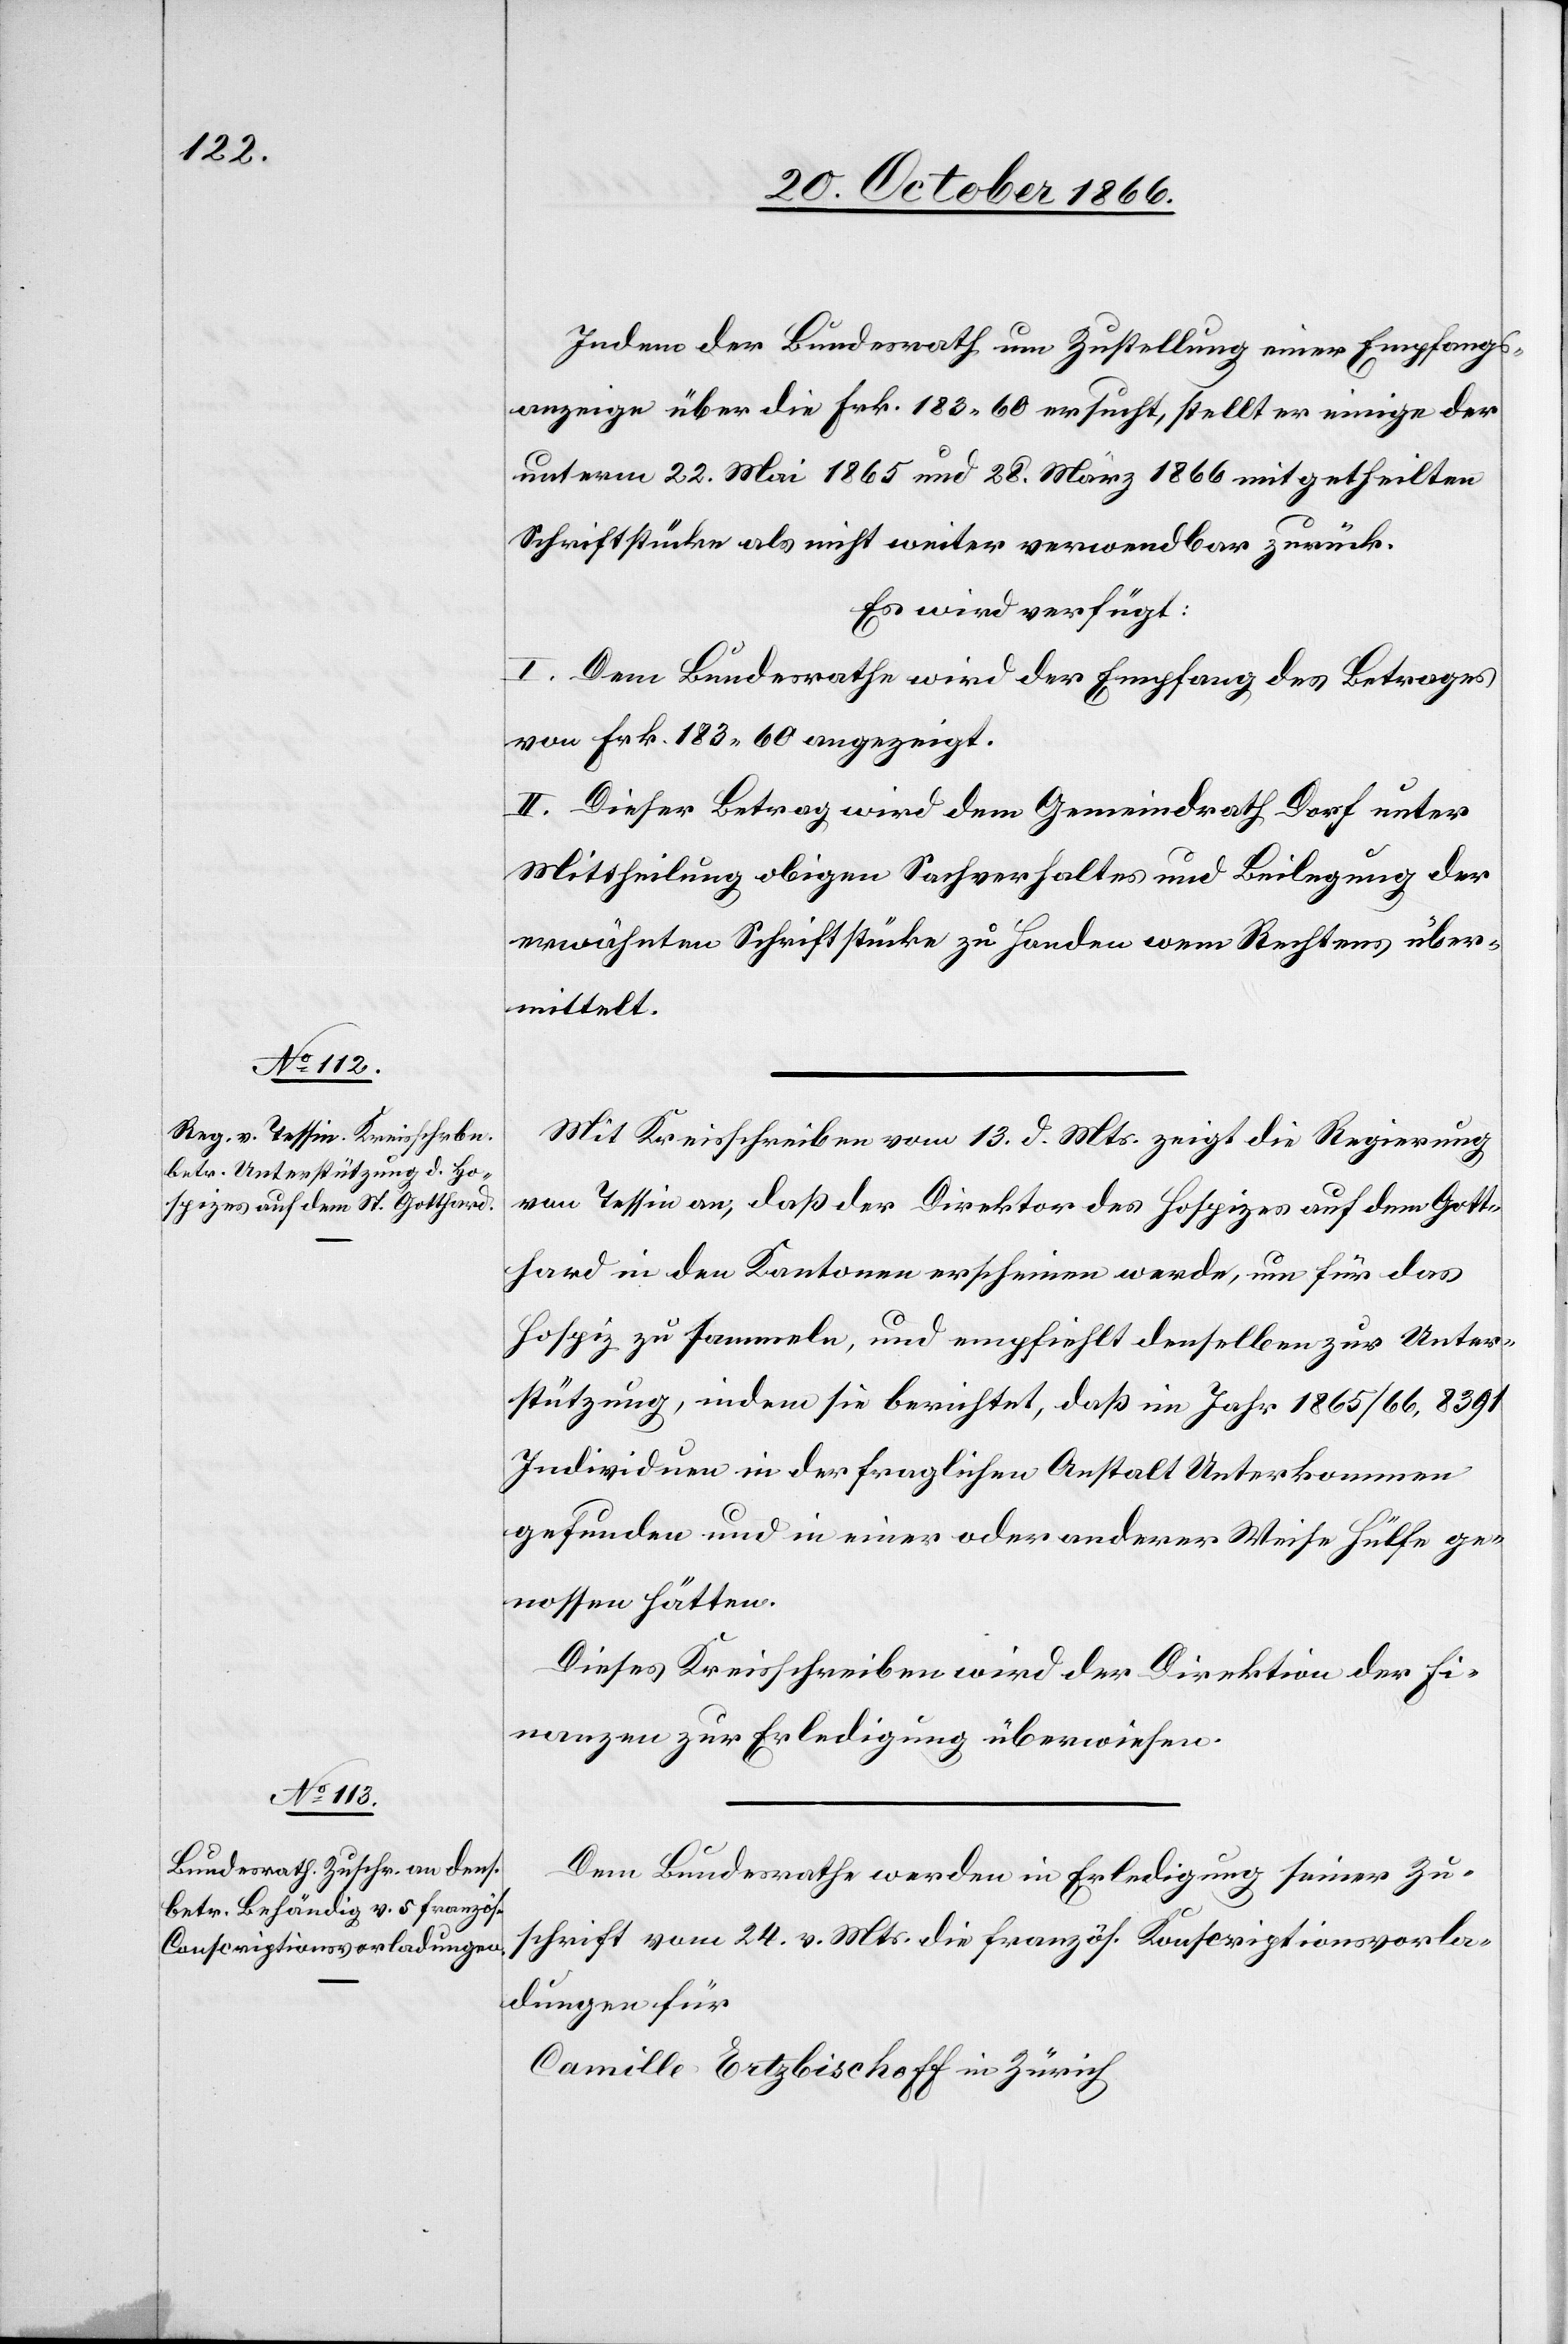
20. October 1866.]
Indem der Bundesrath um Zustellung einer Empfangs¬
anzeige über die Frk. 183.60 ersucht, stellt er einige der
unterm 22. Mai 1865 und 28. März 1866 mitgetheilten
Schriftstücke als nicht weiter verwendbar zurück.
Es wird verfügt:
I. Dem Bundesrathe wird der Empfang des Betrages
von Frk. 183.60 angezeigt.
II. Dieser Betrag wird dem Gemeindrath Dorf unter
Mittheilung obigen Sachverhaltes und Beilegung der
erwähnten Schriftstücke zu Handen wem Rechtens über¬
mittelt.
Mit Kreisschreiben vom 13. d. Mts. zeigt die Regierung
von Tessin an, daß der Direktor des Hospizes auf dem Gott¬
hard in den Kantonen erscheinen werde, um für das
Hospiz zu sammeln, und empfiehlt denselben zur Unter¬
stützung, indem sie berichtet, daß im Jahr 1865/66, 8391
Individuen in der fraglichen Anstalt Unterkommen
gefunden und in einer oder anderer Weise Hülfe ge¬
nossen hätten.
Dieses Kreisschreiben wird der Direktion der Fi¬
nanzen zur Erledigung überwiesen.
Dem Bundesrathe werden in Erledigung seiner Zu¬
schrift vom 24. v. Mts. die französ. Konscriptionsvorla¬
dungen
Camille Ertzbischoff in Zürich